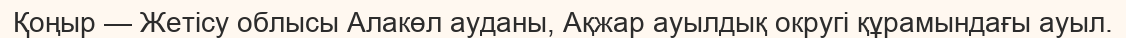
Қоңыр — Жетісу облысы Алакөл ауданы, Ақжар ауылдық округі құрамындағы ауыл.